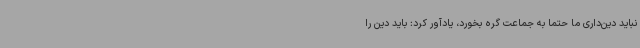
نباید دین‌داری ما حتماً به جماعت گره بخورد، یادآور کرد: باید دین را